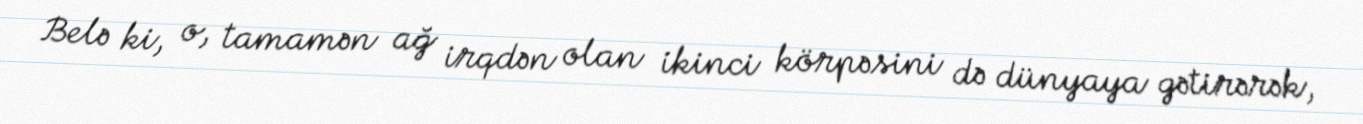
Belə ki, o, tamamən ağ irqdən olan ikinci körpəsini də dünyaya gətirərək,